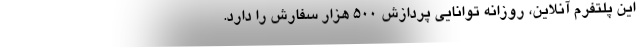
این پلتفرم آنلاین، روزانه توانایی پردازش 500 هزار سفارش را دارد.